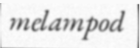
melampod